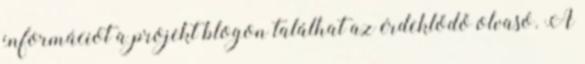
információt a projekt blogon találhat az érdeklődő olvasó. A